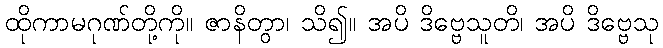
ထိုကာမဂုဏ်တို့ကို။ ဇာနိတွာ၊ သိ၍။ အပိ ဒိဗ္ဗေသူတိ၊ အပိ ဒိဗ္ဗေသု